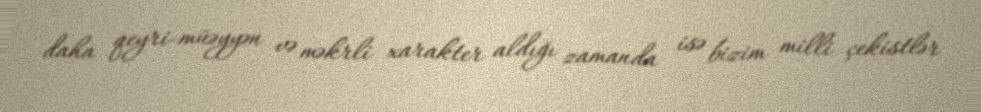
daha qeyri-müəyyən və məkrli xarakter aldığı zamanda isə bizim milli çekistlər